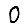
Digit: 0